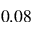
0 . 0 8